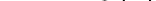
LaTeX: \smash{\mathrm{~K~n~}\sim\mathcal{O}(1)}